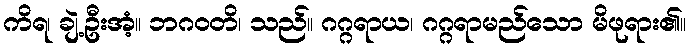
ကိရ၊ ချဲ့ဦးအံ့။ ဘဂဝတိ၊ သည်။ ဂဂ္ဂရာယ၊ ဂဂ္ဂရာမည်သော မိဖုရား၏။